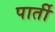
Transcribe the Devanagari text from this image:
पार्ती